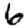
Digit: 6